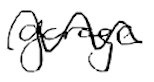
Text: garage
Cross-out: wave
Writing tool: digital_black